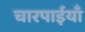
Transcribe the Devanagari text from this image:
चारपाईयाँ